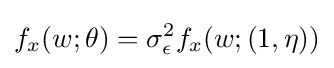
f_{x}(w;\theta )=\sigma _{\epsilon }^{2}f_{x}(w;(1,\eta ))